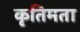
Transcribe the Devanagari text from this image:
कृतिमता